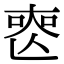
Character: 𠷔